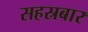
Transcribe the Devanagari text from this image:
सहस्रबार